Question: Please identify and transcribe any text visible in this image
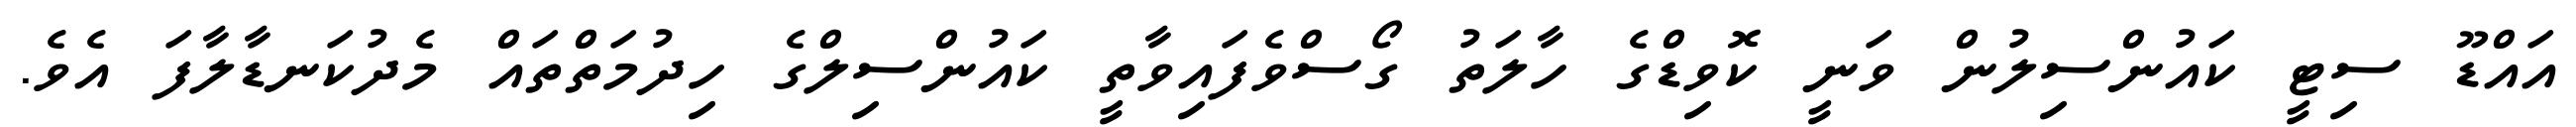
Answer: އައްޑޫ ސިޓީ ކައުންސިލުން ވަނީ ކޮވިޑްގެ ހާލަތު ގޯސްވެފައިވާތީ ކައުންސިލްގެ ހިދުމަތްތައް މެދުކަނޑާލާފަ އެވެ.